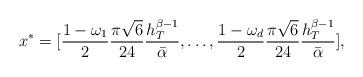
LaTeX: \begin{align*} x^{*} = [\frac{1-\omega_{1}}{2}\frac{\pi\sqrt{6}}{24}\frac{h_{T}^{\beta-1}}{\bar{\alpha}},\dots, \frac{1-\omega_{d}}{2}\frac{\pi\sqrt{6}}{24}\frac{h_{T}^{\beta-1}}{\bar{\alpha}}],\end{align*}